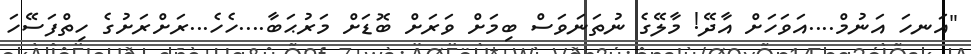
"އަނހަ އަނުމް....އަވަހަށް އާދޭ! މާލޭގެ ނުތަނަވަސް ބިމަށް ވަރަށް ބޮޑަށް މަރުޙަބާ....ހެހެ...ރަށްރަށުގެ ހިތްފަސޭހަ